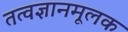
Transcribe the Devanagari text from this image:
तत्वज्ञानमूलक